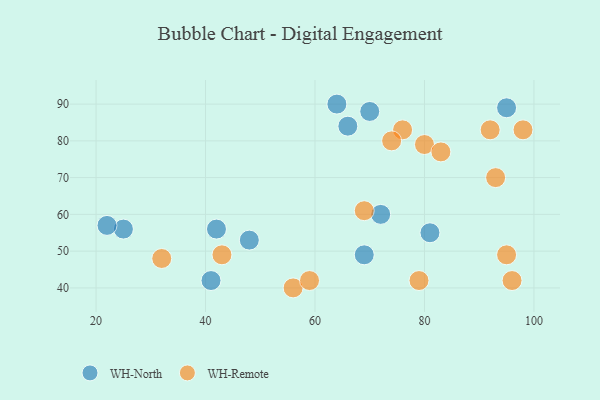
{"axis": {"x": "GDP", "y": "Life Expectancy"}, "legend": ["WH-North", "WH-Remote"], "data": [{"x": "42", "y": 56, "type": "WH-North"}, {"x": "66", "y": 84, "type": "WH-North"}, {"x": "69", "y": 49, "type": "WH-North"}, {"x": "72", "y": 60, "type": "WH-North"}, {"x": "95", "y": 89, "type": "WH-North"}, {"x": "25", "y": 56, "type": "WH-North"}, {"x": "81", "y": 55, "type": "WH-North"}, {"x": "22", "y": 57, "type": "WH-North"}, {"x": "64", "y": 90, "type": "WH-North"}, {"x": "48", "y": 53, "type": "WH-North"}, {"x": "70", "y": 88, "type": "WH-North"}, {"x": "41", "y": 42, "type": "WH-North"}, {"x": "95", "y": 49, "type": "WH-Remote"}, {"x": "79", "y": 42, "type": "WH-Remote"}, {"x": "43", "y": 49, "type": "WH-Remote"}, {"x": "92", "y": 83, "type": "WH-Remote"}, {"x": "93", "y": 70, "type": "WH-Remote"}, {"x": "98", "y": 83, "type": "WH-Remote"}, {"x": "32", "y": 48, "type": "WH-Remote"}, {"x": "56", "y": 40, "type": "WH-Remote"}, {"x": "76", "y": 83, "type": "WH-Remote"}, {"x": "80", "y": 79, "type": "WH-Remote"}, {"x": "83", "y": 77, "type": "WH-Remote"}, {"x": "96", "y": 42, "type": "WH-Remote"}, {"x": "59", "y": 42, "type": "WH-Remote"}, {"x": "69", "y": 61, "type": "WH-Remote"}, {"x": "74", "y": 80, "type": "WH-Remote"}]}